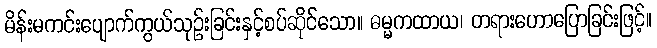
မိန်းမကင်းပျောက်ကွယ်သုဉ်းခြင်းနှင့်စပ်ဆိုင်သော။ ဓမ္မကထာယ၊ တရားဟောပြောခြင်းဖြင့်။